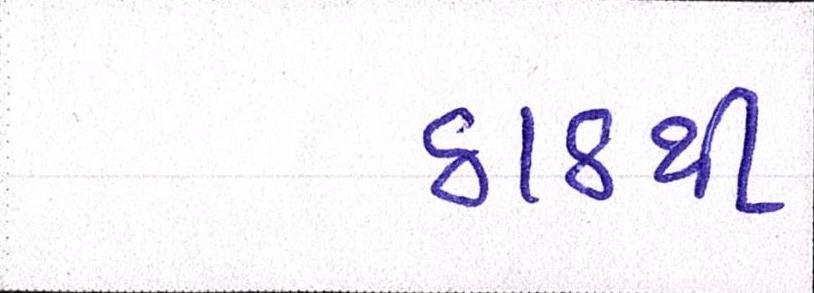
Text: ઠાઠથી